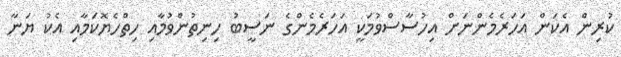
ކުރިން އެކަން އަހަރެމެންނަށް އިހުސާސްވުމަކީ އަަހަރެމެންގެ ނަސީބު ހިނިތުންވުމާއި ހިތްހެޔޮކަމާއި އެކު ޔަނާ